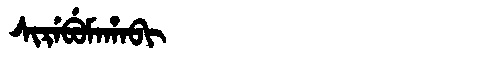
Manchu: ᠰᡳᡵᡝᠪᡠᠮᠠᡥᠠᠪᡳ
Romanization: SIREBUMAHABI